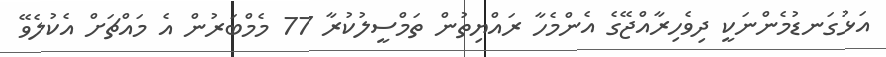
އަޅުގަނޑުމެންނަކީ ދިވެހިރާއްޖޭގެ އެންމެހާ ރައްޔިތުން ތަމްސީލުކުރާ 77 މެމްބަރުން އެ މައްޗަށް އެކުލެވޭ